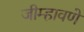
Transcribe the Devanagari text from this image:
जीम्हावणे